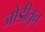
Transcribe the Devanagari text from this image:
जोडीतून